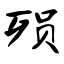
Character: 殒